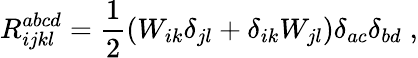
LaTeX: R_{ijkl}^{abcd}=\frac{1}{2}(W_{ik}\delta_{jl}+\delta_{ik}W_{jl})\delta_{ac}\delta_{bd}\; ,